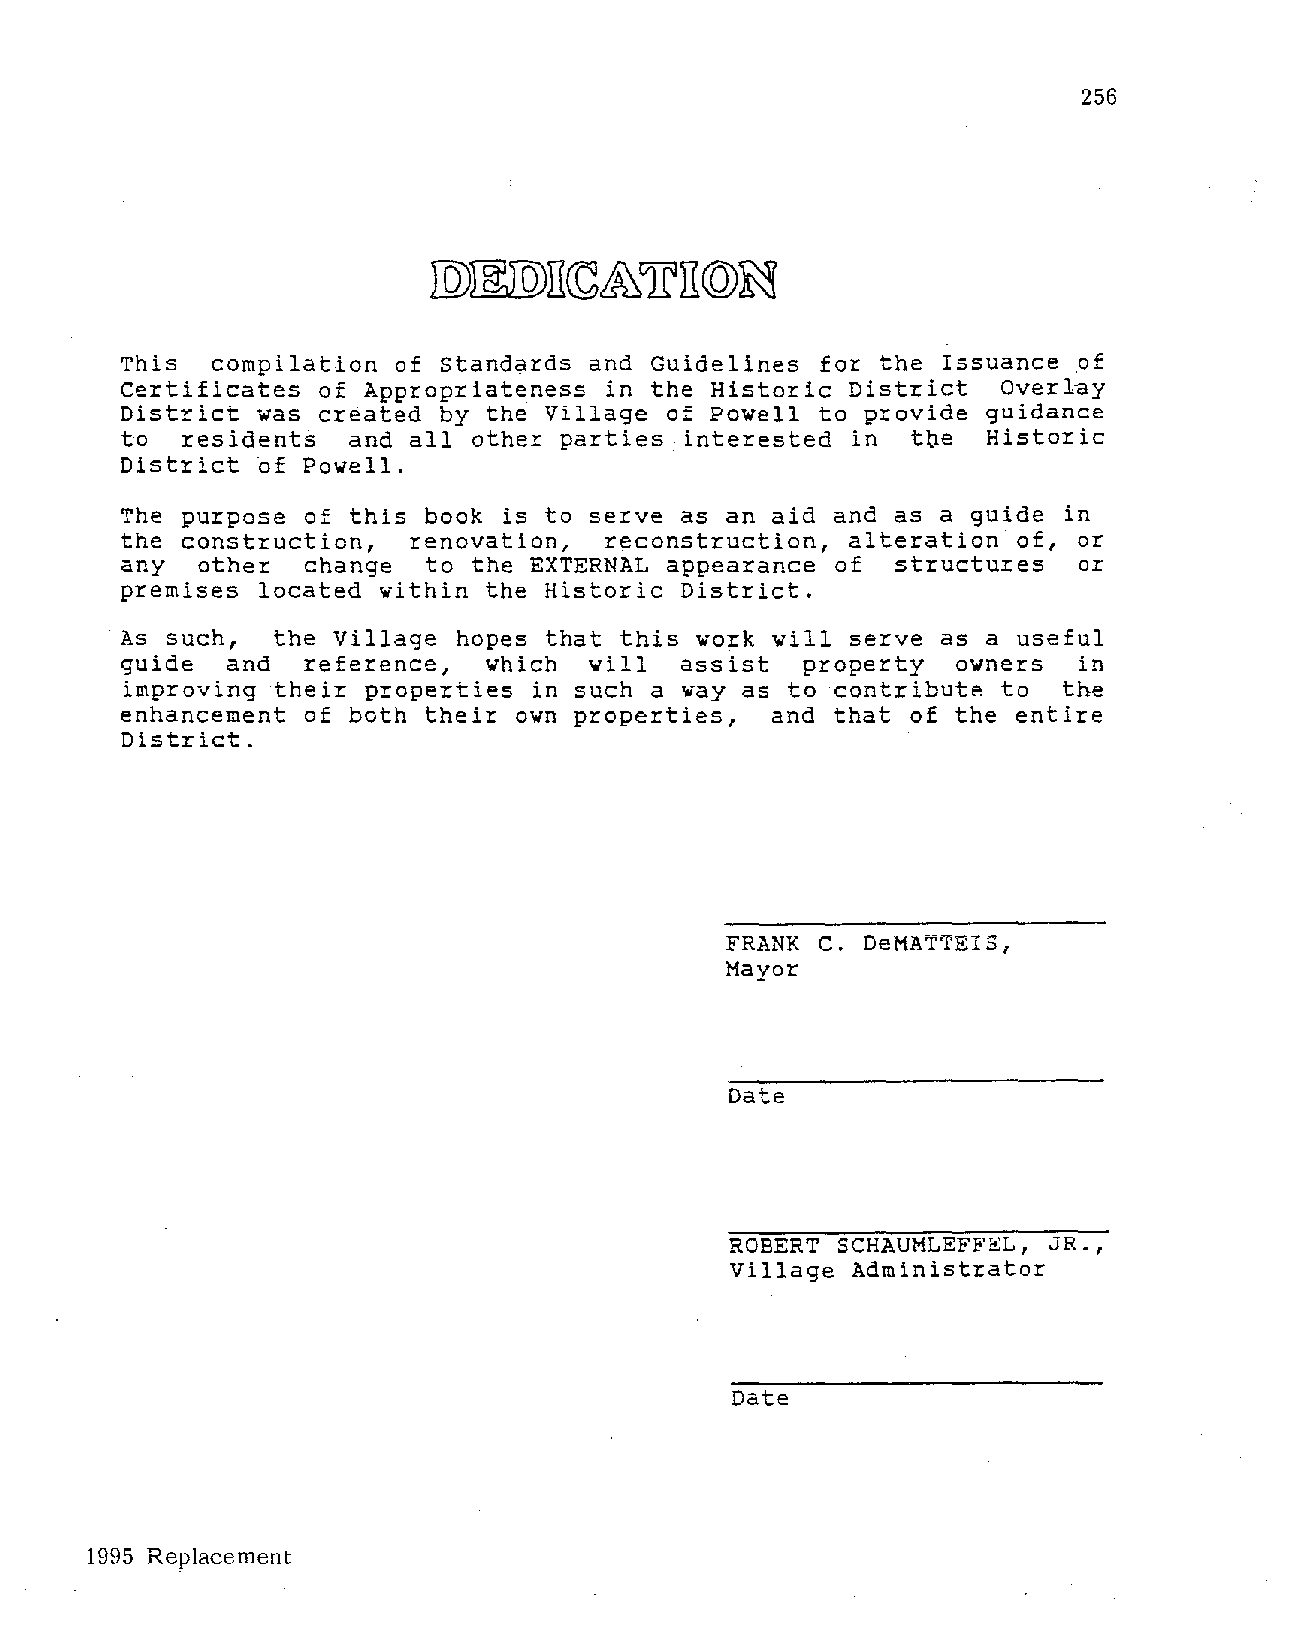
256
 This  compilation of Standards and Guidelines for the Issuance of
 Certificates of Appropriateness in the Historic District  Overlay
 District was created by th~ Village of Powell to provide guidance
 to  residents  and all other parties interested in  t~e  Historic
 District bf Powell.
 The purpose of this book is to serve as an aid and as a guide in
 the construction,  renovation,  reconstruction, alteration of, or
 any  other  change  to the EXTERNAL appearance of  structures  or
 premises located within the Historic District.
 As such,  the Village hopes that this work will serve as a useful
 guide  and  reference,  which  will  assist  property  owners  in
 improving their properties in such a way as to            to  the
 contribut~
 enhancement of both their own properties,  and that of the entire
 District.
 FRANK C. DeMATTEIS,
 Mayor
 Date
 ROBERT SCHAUMLEFFEL, JR.,
 Village Administrator
 Date
 1995 Replacement